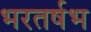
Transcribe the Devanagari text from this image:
भरतर्षभ